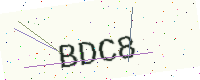
Text: BDC8